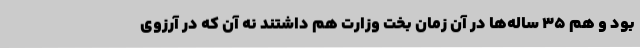
بود و هم 35 ساله‌ها در آن زمان بخت وزارت هم داشتند نه آن که در آرزوی